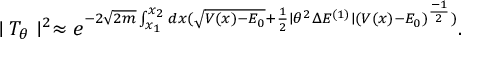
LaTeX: \mid T _ { \theta } \mid ^ { 2 } \approx e ^ { - 2 \sqrt { 2 m } \int _ { x _ { 1 } } ^ { x _ { 2 } } d x ( \sqrt { V ( x ) - E _ { 0 } } + \frac { 1 } { 2 } \mid \theta ^ { 2 } \Delta E ^ { ( 1 ) } \mid ( V ( x ) - E _ { 0 } ) ^ { \frac { - 1 } { 2 } } ) } .